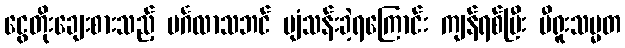
ငွေတိုးချေးစားသည့် မင်္ဂလာသဘင် ပျံသန်းခဲ့ရကြောင်း ကျန်ရစ်ပြီး ပီရူးသမ္မတ